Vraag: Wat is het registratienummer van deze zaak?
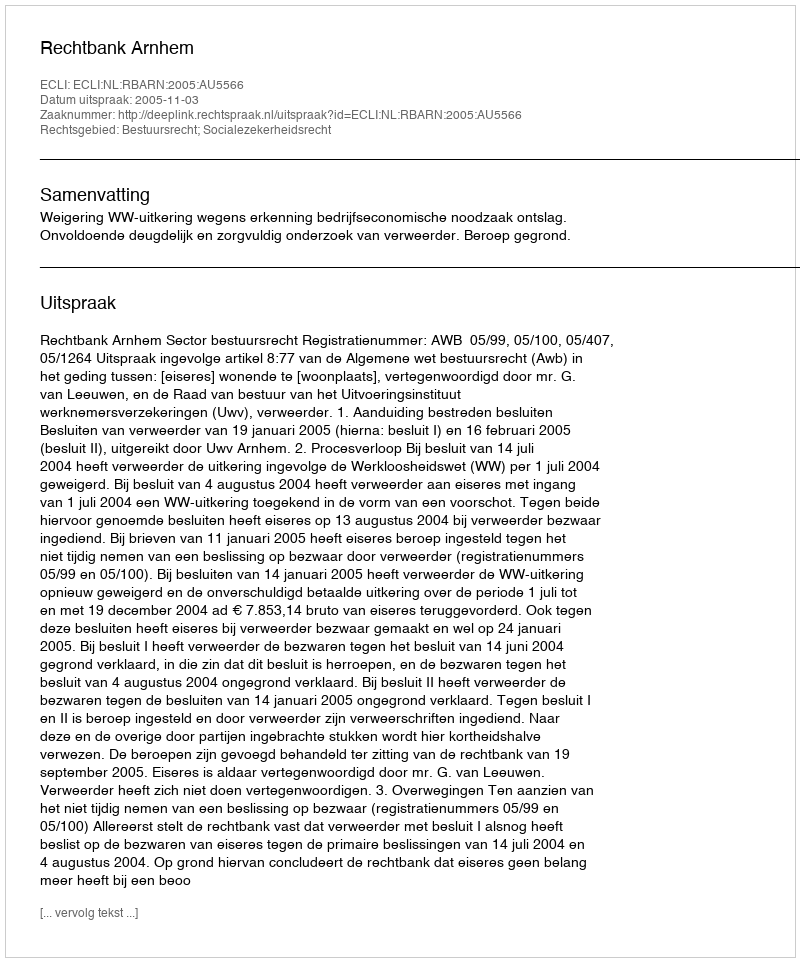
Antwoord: http://deeplink.rechtspraak.nl/uitspraak?id=ECLI:NL:RBARN:2005:AU5566